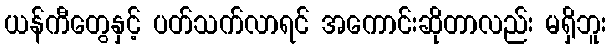
ယန်ကီတွေနှင့် ပတ်သက်လာရင် အကောင်းဆိုတာလည်း မရှိဘူး